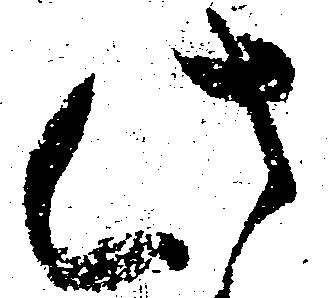
此